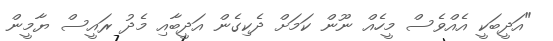
"އަދީބަކީ އެއްވެސް މީހެއް ނޫން ކަމަށް ދެކިގެން އަދީބާއި މެދު ރައީސް ޔާމީން